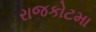
રાજકોટમા